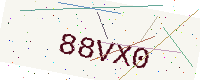
Text: 88VX0